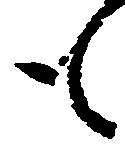
も